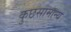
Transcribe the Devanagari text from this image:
कुछसामान्य